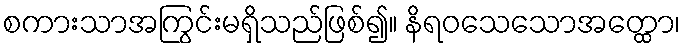
စကားသာအကြွင်းမရှိသည်ဖြစ်၍။ နိရဝသေသောအတ္ထော၊